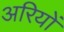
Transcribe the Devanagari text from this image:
अरियों